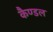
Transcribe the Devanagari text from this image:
कैण्डल